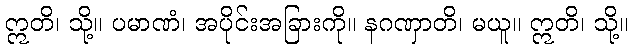
ဣတိ၊ သို့။ ပမာဏံ၊ အပိုင်းအခြားကို။ နဂဏှာတိ၊ မယူ။ ဣတိ၊ သို့။